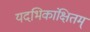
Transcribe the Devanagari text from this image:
यदभिकांक्षितम्